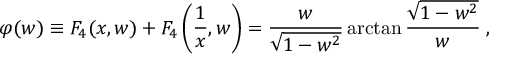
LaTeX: \varphi ( w ) \equiv F _ { 4 } ( x , w ) + F _ { 4 } \left( \frac { 1 } { x } , w \right) = \frac { w } { \sqrt { 1 - w ^ { 2 } } } \arctan \frac { \sqrt { 1 - w ^ { 2 } } } { w } \; ,